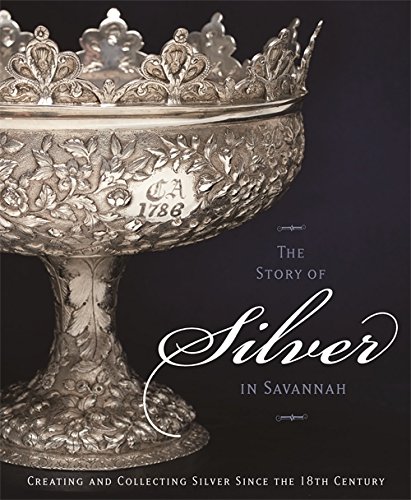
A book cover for The Story of Silver in Savannah: Creating and Collecting since the 18th Century; Telfair Museum of Art; Crafts, Hobbies & Home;